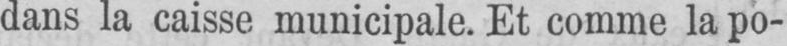
dans la caisse municipale. Et comme la po-